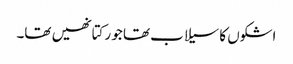
اشکوں کا سیلاب تھا جو رکتا نھیں تھا۔